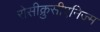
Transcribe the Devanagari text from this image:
रोसीक्रुसीएनिज्म